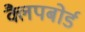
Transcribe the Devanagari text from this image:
क्लैपबोर्ड